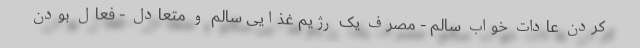
کردن عادات خواب سالم - مصرف یک رژیم غذایی سالم و متعادل - فعال بودن